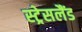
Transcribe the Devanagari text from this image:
स्ट्रेसलैंड